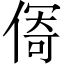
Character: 𱏄